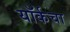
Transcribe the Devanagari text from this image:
यॉर्कचा